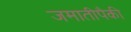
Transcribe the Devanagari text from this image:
जमातीपैकी